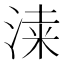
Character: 𣸡